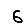
Digit: 6